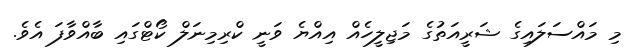
މި މައްސަލައިގެ ޝަރީއަތުގެ މަޖިލީހެއް އިއްޔެ ވަނީ ކްރިމިނަލް ކޯޓްގައި ބާއްވާފަ އެވެ.